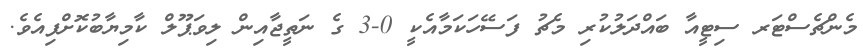
މެންޗެސްޓަރ ސިޓީއާ ބައްދަލުކުރި މެޗު ފަސޭހަކަމާއެކީ 0-3 ގެ ނަތީޖާއިން ލިވަޕޫލް ކާމިޔާބުކޮށްފިއެވެ.